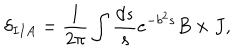
LaTeX: \delta _ { I I A } = \frac { 1 } { 2 \pi } \int \frac { d s } { s } e ^ { - b ^ { 2 } s } B \times J ,